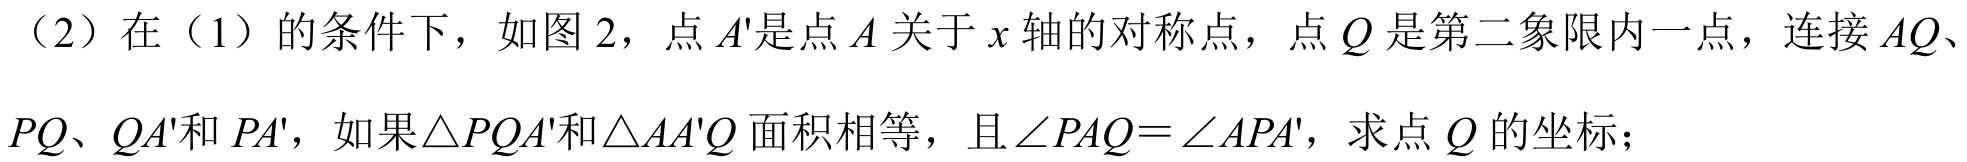
（2）在（1）的条件下，如图 2，点\(A'\)是点\(A\)关于\(x\)轴的对称点，点\(Q\)是第二象限内一点，连接\(AQ\)、\(PQ\)、\(QA'\)和\(PA'\)，如果\(\triangle PQA'\)和\(\triangle AA'Q\)面积相等，且\(\angle PAQ=\angle APA'\)，求点\(Q\)的坐标；